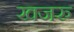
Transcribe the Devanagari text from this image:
खजरु